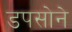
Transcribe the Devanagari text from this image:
डपसोने